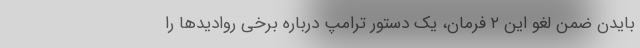
بایدن ضمن لغو این ۲ فرمان، یک دستور ترامپ درباره برخی روادیدها را